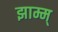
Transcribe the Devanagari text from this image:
झाम्म्